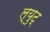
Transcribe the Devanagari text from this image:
ल्युट्